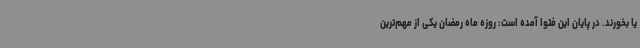
یا بخورند. در پایان این فتوا آمده است: روزه ماه رمضان یکی از مهم‌ترین